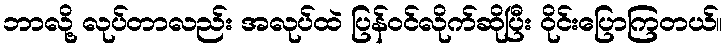
ဘာလို့ လုပ်တာလည်း အလုပ်ထဲ ပြန်ဝင်လိုက်ဆိုပြီး ဝိုင်းပြောကြတယ်။